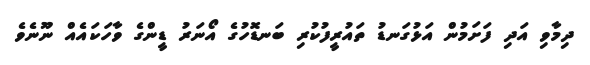
ދިމާވި އަދި ފަށަމުން އަޅުގަނޑު ތައުރީފުކުރި ބަނޑޮހުގެ އޯނަރު ޑީންގެ ވާހަކައެއް ނޫނެވެ